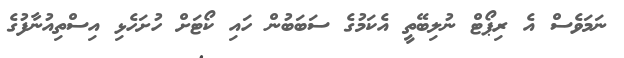
ނަމަވެސް އެ ރިޕޯޓް ނުލިބޭތީ އެކަމުގެ ސަބަބުން ހައި ކޯޓަށް ހުށަހެޅި އިސްތިއުނާފުގެ